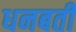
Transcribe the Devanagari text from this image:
धनबती